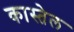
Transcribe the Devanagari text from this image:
कास्तेल